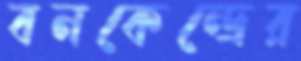
বনকেন্দ্রের